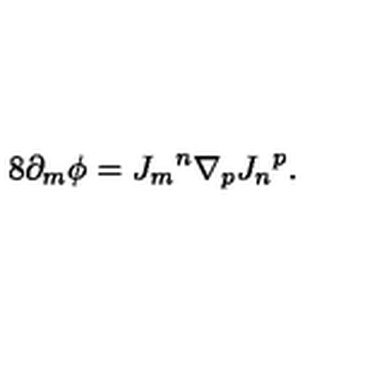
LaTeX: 8 \partial _ { m } \phi = { J _ { m } } ^ { n } \nabla _ { p } { J _ { n } } ^ { p } .